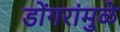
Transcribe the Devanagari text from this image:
डोंगरांमुळे